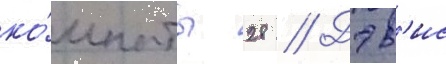
ко́мнаты 28 // Дэв'ис